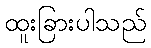
ထူးခြားပါသည်